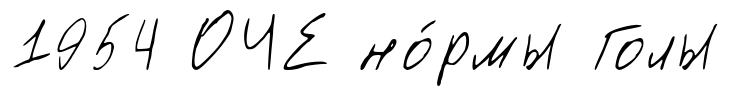
1954 ОЧЕ но́рмы Голы